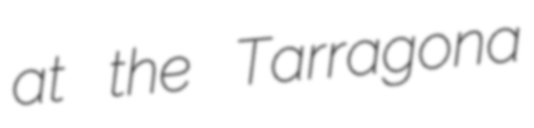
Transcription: at the Tarragona